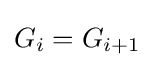
G_{i}=G_{i+1}